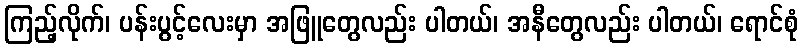
ကြည့်လိုက်၊ ပန်းပွင့်လေးမှာ အဖြူတွေလည်း ပါတယ်၊ အနီတွေလည်း ပါတယ်၊ ရောင်စုံ